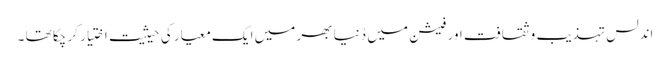
اندلس تہذیب و ثقافت اور فیشن میں دُنیا بھر میں ایک معیار کی حیثیت اِختیار کر چکا تھا ۔